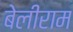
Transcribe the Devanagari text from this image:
बेलीराम